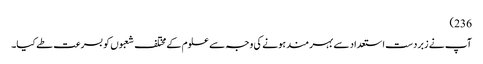
236)
آپ نے زبردست استعداد سے بہر مند ہونے کی وجہ سے علوم کے مختلف شعبوں کو بسرعت طے کیا۔